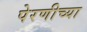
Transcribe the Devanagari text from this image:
पेरणीच्या